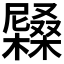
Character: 𡳭